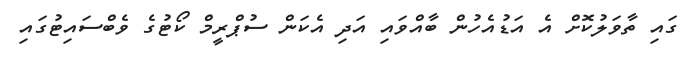
ގައި ތާވަލުކޮށް އެ އަޑުއެހުން ބާއްވައި އަދި އެކަން ސުޕްރީމް ކޯޓުގެ ވެބްސައިޓުގައި